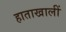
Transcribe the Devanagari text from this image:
हाताखालीं